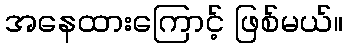
အနေထားကြောင့် ဖြစ်မယ်။